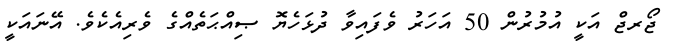
ޖޯރޖް އަކީ އުމުރުން 50 އަހަރު ވެފައިވާ ދުޅަހެޔޮ ޞިއްޙަތެއްގެ ވެރިއެކެވެ. އޭނައަކީ